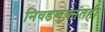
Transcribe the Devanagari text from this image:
निवडणुकांतही